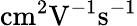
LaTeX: \mathrm{cm^{2}V^{-1}s^{-1}}